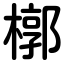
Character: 槨